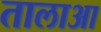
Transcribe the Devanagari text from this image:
तालाआ